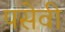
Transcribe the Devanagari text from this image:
पसेवी